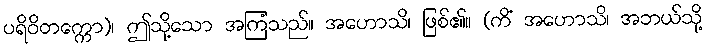
ပရိဝိတက္ကော)၊ ဤသို့သော အကြံသည်။ အဟောသိ၊ ဖြစ်၏။ (ကိံ အဟောသိ၊ အဘယ်သို့